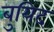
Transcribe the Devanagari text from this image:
बुयिद